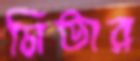
মিতার